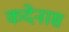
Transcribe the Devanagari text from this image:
कदेनास